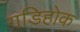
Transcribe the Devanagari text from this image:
गडिहोक